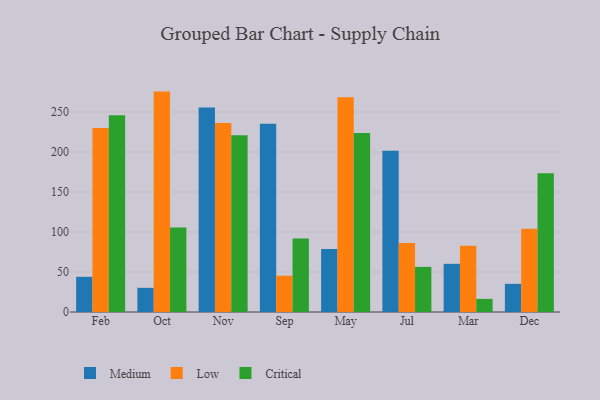
{"axis": {"x": "Month", "y": "Customer Acquisition Cost (USD)"}, "legend": ["Critical", "Low", "Medium"], "data": [{"x": "Feb", "y": 44.0, "type": "Medium"}, {"x": "Feb", "y": 230.1, "type": "Low"}, {"x": "Feb", "y": 245.8, "type": "Critical"}, {"x": "Oct", "y": 30.2, "type": "Medium"}, {"x": "Oct", "y": 275.5, "type": "Low"}, {"x": "Oct", "y": 105.5, "type": "Critical"}, {"x": "Nov", "y": 255.7, "type": "Medium"}, {"x": "Nov", "y": 236.4, "type": "Low"}, {"x": "Nov", "y": 220.8, "type": "Critical"}, {"x": "Sep", "y": 235.2, "type": "Medium"}, {"x": "Sep", "y": 45.4, "type": "Low"}, {"x": "Sep", "y": 91.8, "type": "Critical"}, {"x": "May", "y": 78.8, "type": "Medium"}, {"x": "May", "y": 268.4, "type": "Low"}, {"x": "May", "y": 223.8, "type": "Critical"}, {"x": "Jul", "y": 201.6, "type": "Medium"}, {"x": "Jul", "y": 86.3, "type": "Low"}, {"x": "Jul", "y": 56.4, "type": "Critical"}, {"x": "Mar", "y": 60.2, "type": "Medium"}, {"x": "Mar", "y": 82.8, "type": "Low"}, {"x": "Mar", "y": 16.4, "type": "Critical"}, {"x": "Dec", "y": 35.2, "type": "Medium"}, {"x": "Dec", "y": 104.1, "type": "Low"}, {"x": "Dec", "y": 173.5, "type": "Critical"}]}